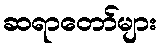
ဆရာတော်များ